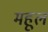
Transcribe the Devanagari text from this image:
महूल